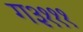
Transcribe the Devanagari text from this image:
ग३१११